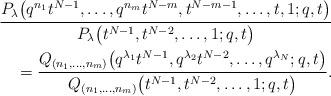
LaTeX: \begin{align*}\frac{P_{\lambda}\big(q^{n_1}t^{N-1}, \dots, q^{n_m}t^{N-m}, t^{N-m-1}, \dots, t, 1; q, t\big)}{P_{\lambda}\big(t^{N-1}, t^{N-2}, \dots, 1; q, t\big)} \\{}= \frac{Q_{(n_1, \dots, n_m)}\big(q^{\lambda_1}t^{N-1}, q^{\lambda_2}t^{N-2}, \dots, q^{\lambda_N}; q, t\big)}{Q_{(n_1, \dots, n_m)}\big(t^{N-1}, t^{N-2}, \dots, 1; q, t\big)}.\end{align*}